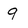
Character: 9